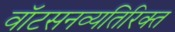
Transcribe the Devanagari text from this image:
वॉटसनव्यतिरिक्त